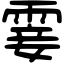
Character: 霎